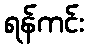
ရန်ကင်း